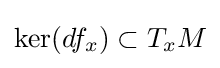
\mathrm {ker} (df_{x})\subset T_{x}M